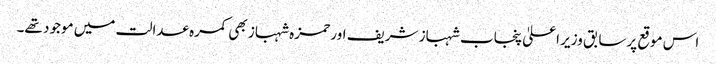
اس موقع پرسابق وزیر اعلیٰ پنجاب شہباز شریف اور حمزہ شہباز بھی کمرہ عدالت میں موجود تھے۔